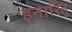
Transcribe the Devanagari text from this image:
इनार्रितु